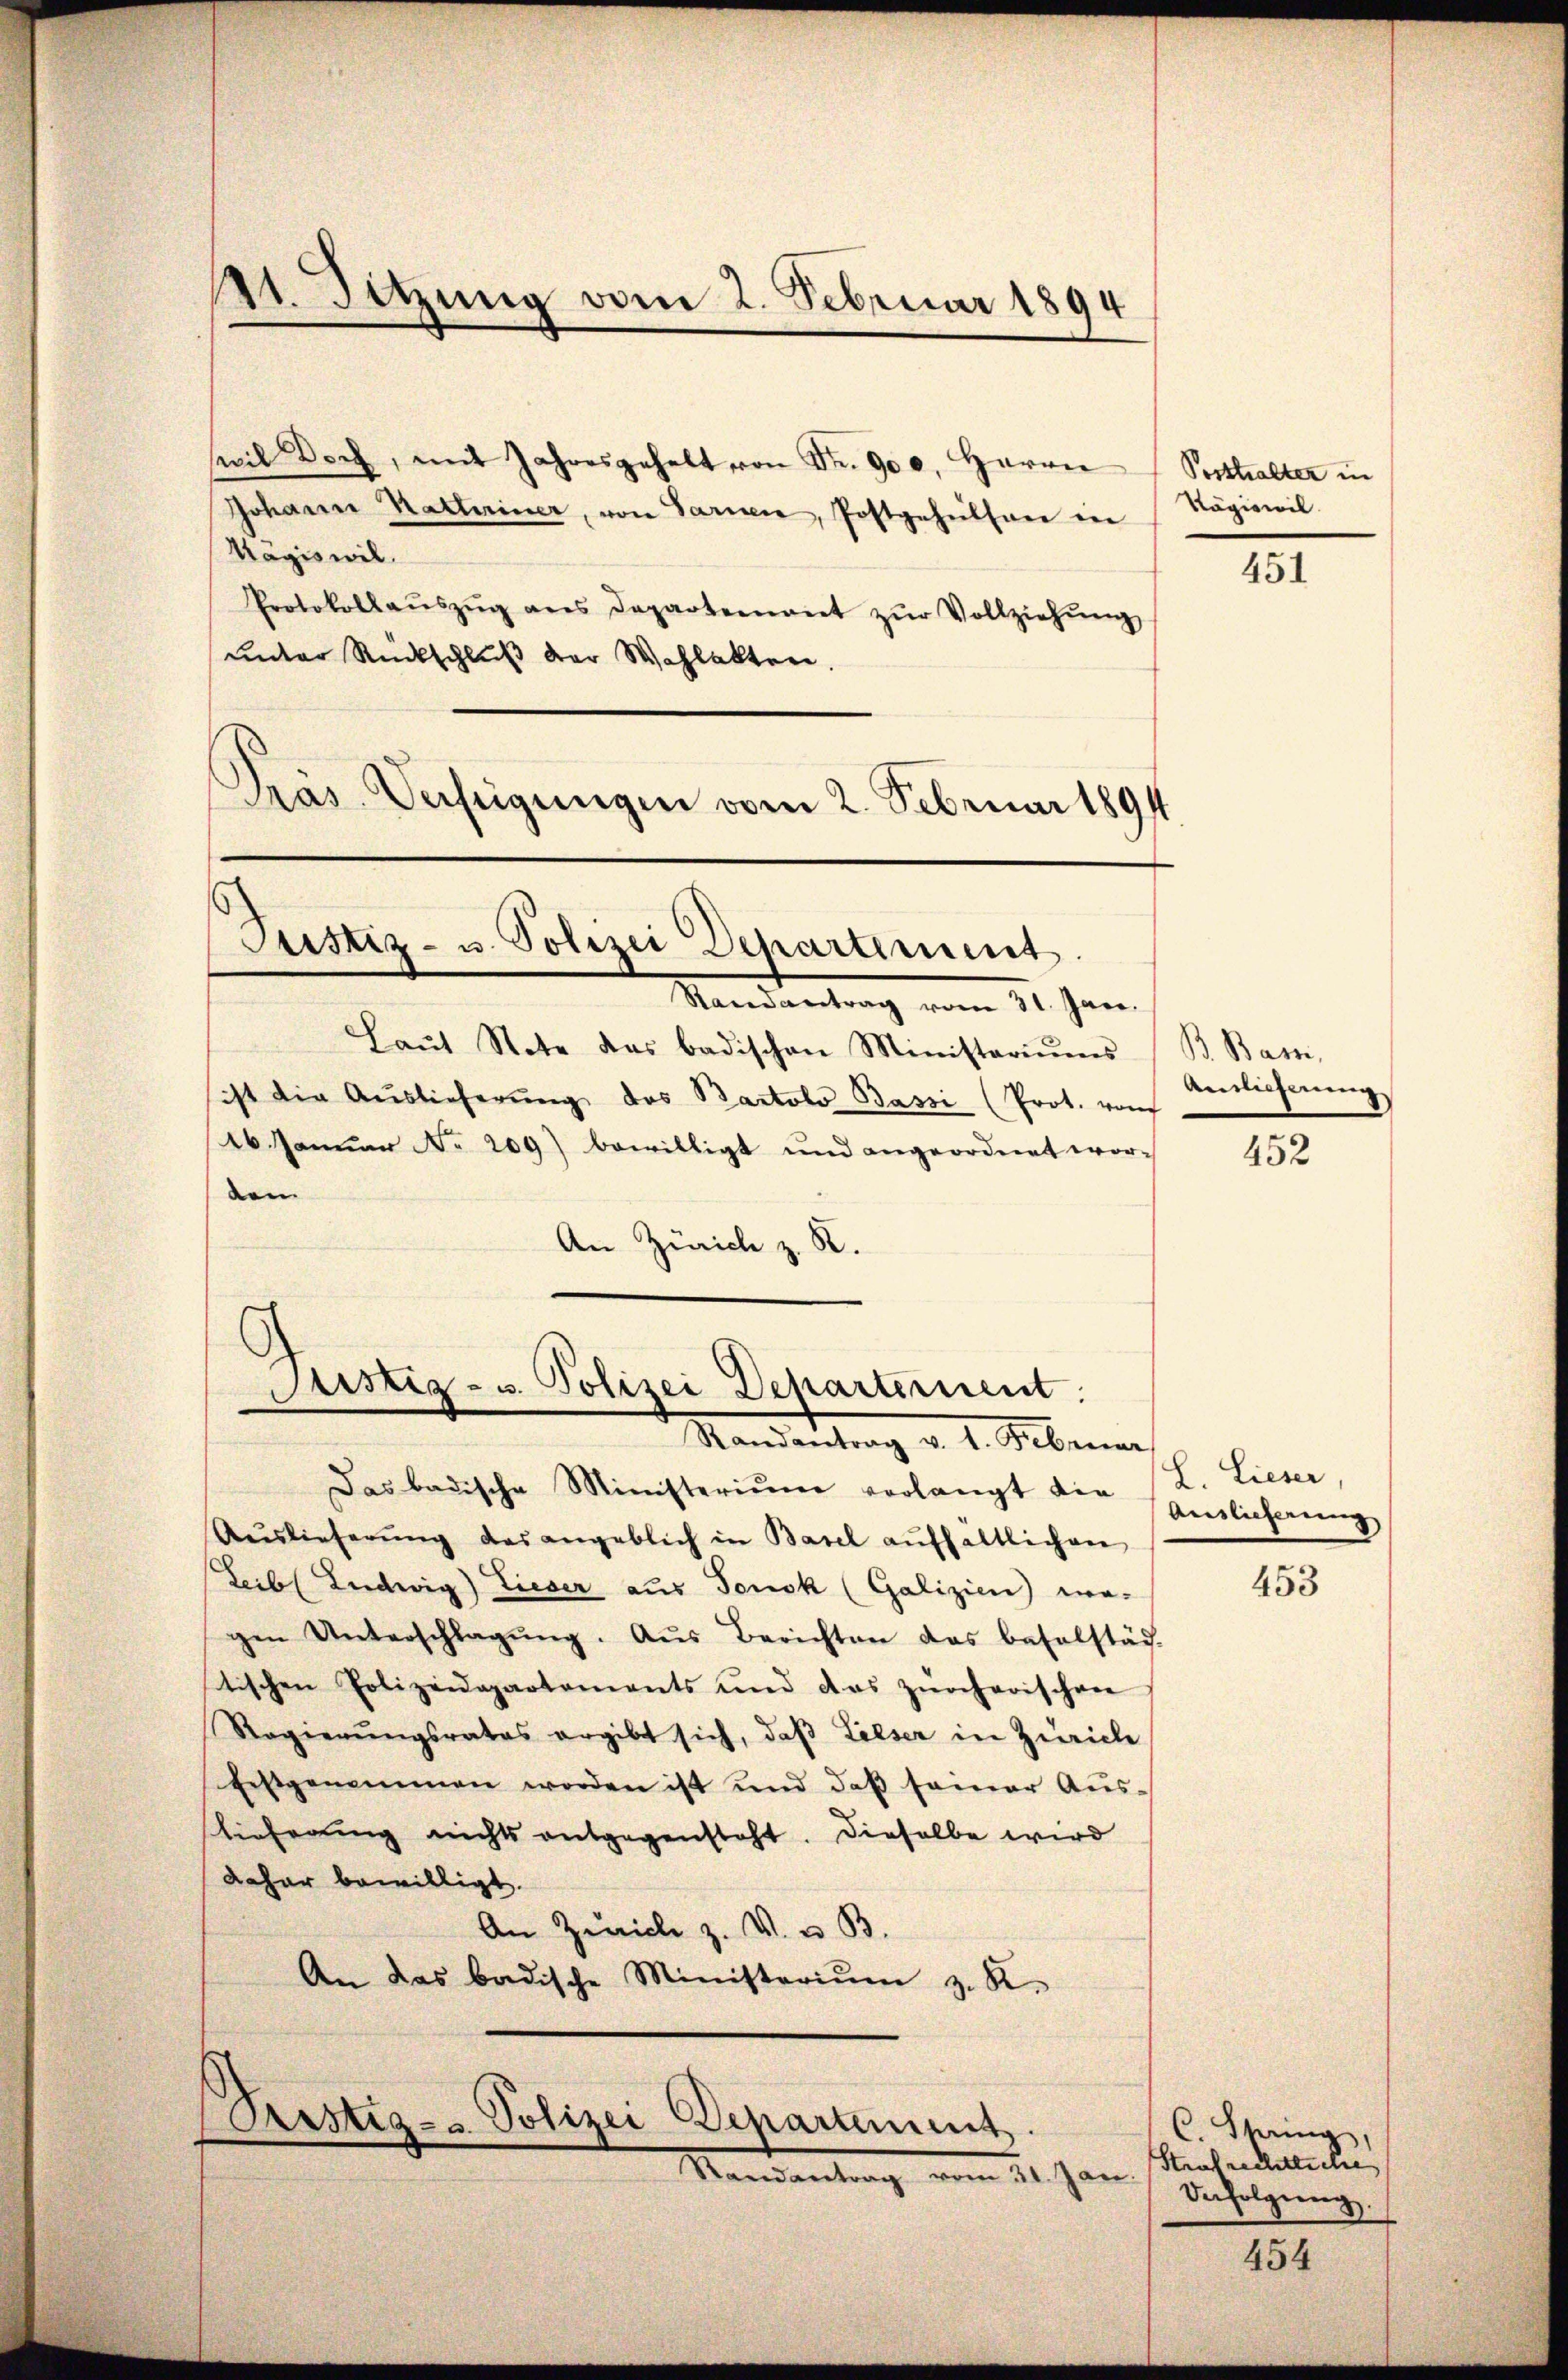
11. Setzung vom 2. Februar 1894

wil doch, mit Jahresgehalt von Fr. 900. Herrn Posthalter in
Johann Kathariner, von Sarnen, Postgehülfen in
Kägiswil.
Protokollaŭszŭg ans Departement zŭr Vollziehŭng
unter Rückschluß der Wahlakten.
Prás Verstigungen vom 2. Februar 1894

Leistiz- u. Polizei Departement
Randantrag vom 31. Jan.

Laŭt Stete das badischen Ministeriums
sist die Auslieferŭng des Bartolo Bassi (Prot. von
16. Januar No. 209) bewilligt und angeordnet wor-
den
An Zürich z. B.

Justiz- u. Polizei Departement:

Prstiz- u. Polizei Departement.
Randantrag vom 31. Jan.

Kägiswil

Randantrag v. 1. Februar
Das badische Ministerium vorlangt der Ehelicherung
Auslieferŭng das angeblich in Basel aufhältlichen
Leibl Ludwig Lieser aus Tonsk (Galizien) wa-
gen Unterschlagŭng. Aŭs Berichten das beselstäd-
stischen Polizeidepartements und das zürcherischen
Regierŭngsrates ergibt sich, daβ Lieser in Zürich
festgenommen worden ist und daβ seiner Aŭs-
lieferung nichts entgegensteht. Dieselbe wird
daher bewilligt.
An Zürich z. V. u. B.
An das badische Ministerium z. R.

451

B. Bam,
Anrieferung
2

452

L. Lieser,

453

454

C. String,
Strafrechtliche
Befolgung.